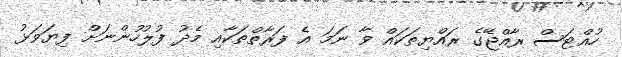
ހުއްޓަސް ރާއްޖޭގެ ރައްޔިތަކައް ވާ ނަމަ އެ ފަރާތްތަކާއި މެދު ފުލުހުންނަށް ފިޔަވަޅު